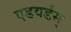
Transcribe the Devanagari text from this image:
एडवर्डस्‌